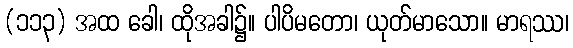
(၁၁၃) အထ ခေါ၊ ထိုအခါ၌။ ပါပိမတော၊ ယုတ်မာသော။ မာရဿ၊